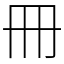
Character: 冊